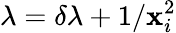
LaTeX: \lambda=\delta\lambda+1/\mathbf{x}_{i}^{2}